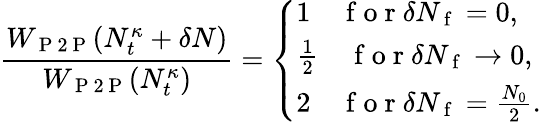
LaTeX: \frac{W_{\mathrm{~P~2~P~}}(N_{t}^{\kappa}+\delta N)}{W_{\mathrm{~P~2~P~}}(N_{t}^{\kappa})}=\left\{ \begin{array}{ll}{1\quad\mathrm{~f~o~r~}\delta N_{\mathrm{~f~}}=0,}\\ {\frac{1}{2}\quad\mathrm{~f~o~r~}\delta N_{\mathrm{~f~}}\to 0,}\\ {2\quad\mathrm{~f~o~r~}\delta N_{\mathrm{~f~}}=\frac{N_{0}}{2}.}\end{array}\right.